Rangoon Lunatic Asylum 1878-1892 - 1878-1892
Year: 1878
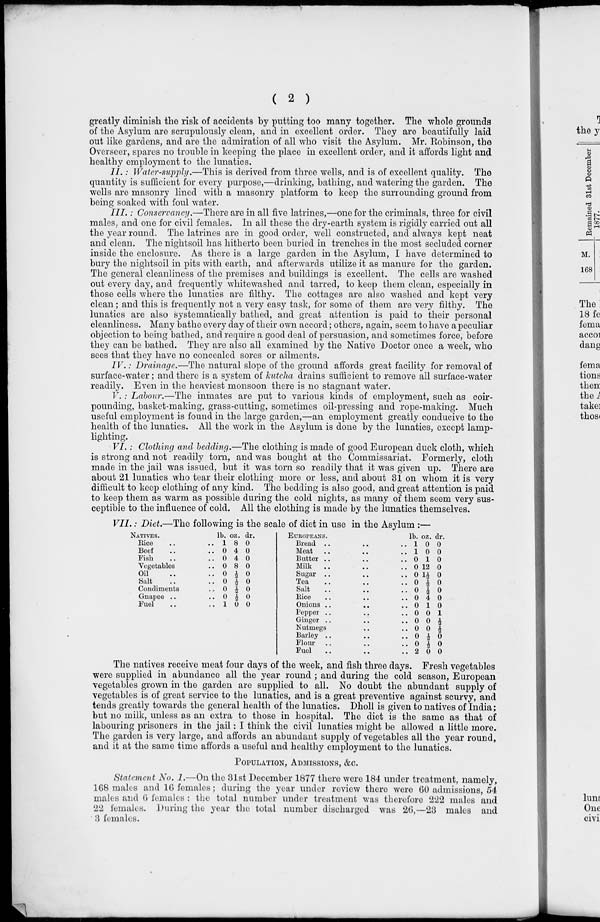
( 2 )
greatly diminish the risk of accidents by putting too many together. The whole grounds
of the Asylum are scrupulously clean, and in excellent order. They are beautifully laid
out like gardens, and are the admiration of all who visit the Asylum. Mr. Robinson, the
Overseer, spares no trouble in keeping the place in excellent order, and it affords light and
healthy employment to the lunatics.
II.: Water-supply.—This is derived from three wells, and is of excellent quality. The
quantity is sufficient for every purpose,—drinking, bathing, and watering the garden. The
wells are masonry lined with a masonry platform to keep the surrounding ground from
being soaked with foul water.
III.: Conservancy.—There are in all five latrines,—one for the criminals, three for civil
males., and one for civil females. In all these the dry-earth system is rigidly carried out all
the year round. The latrines are in good order, well constructed, and always kept neat
and clean. The nightsoil has hitherto been buried in trenches in the most secluded corner
inside the enclosure. As there is a large garden in the Asylum, I have determined to
bury the nightsoil in pits with earth, and afterwards utilize it as manure for the garden.
The general cleanliness of the premises and buildings is excellent. The cells are washed
out every day, and frequently whitewashed and tarred, to keep them clean, especially in
those cells where the lunatics are filthy. The cottages are also washed and kept very
clean ; and this is frequently not a very easy task, for some of them are very filthy. The
lunatics are also systematically bathed, and great attention is paid to their personal
cleanliness. Many bathe every day of their own accord; others, again, seem to have a peculiar
objection to being bathed, and require a good deal of persuasion, and sometimes force, before
they can be bathed. They are also all examined by the Native Doctor once a week, who
sees that they have no concealed sores or ailments.
IV.: Drainage.—The natural slope of the ground affords great facility for removal of
surface-water; and there is a system of kutcha drains sufficient to remove all surface-water
readily. Even in the heaviest monsoon there is no stagnant water.
V. : Labour.—The inmates are put to various kinds of employment, such as coir-
pounding, basket-making, grass-cutting, sometimes oil-pressing and rope-making. Much
useful employment is found in the large garden,—an employment greatly conducive to the
health of the lunatics. All the work in the Asylum is done by the lunatics, except lamp-
lighting.
VI.: Clothing and bedding.—The clothing is made of good European duck cloth, which
is strong and not readily torn, and was bought at the Commissariat. Formerly, cloth
made in the jail was issued, but it was torn so readily that it was given up. There are
about 21 lunatics who tear their clothing more or less, and about 31 on whom it is very
difficult to keep clothing of any kind. The bedding is also good, and great attention is paid
to keep them as warm as possible during the cold nights, as many of them seem very sus-
ceptible to the influence of cold. All the clothing is made by the lunatics themselves.
VII.: Diet.—The following is the scale of diet in use in the Asylum :—
NATIVES.
Rice .. ..
Beef .. ..
Fish .. ..
Vegetables ..
Oil .. ..
Salt .. ..
Condiments ..
Gnapee .. ..
Fuel .. ..
lb.
1
0
0
0
0
0
0
0
1
oz.
8
4
4
8
½
½
½
½
0
dr.
0
0
0
0
0
0
0
0
0
EUROPEANS.
Bread .. .. ..
Meat .. .. .. ..
Butter . . .. .. ..
Milk
..
..
..
Sugar ..
..
..
Tea..
..
..
Salt
..
..
..
Rice
..
..
..
Onions ..
..
..
Pepper .. .. ..
Ginger ..
..
..
Nutmegs
..
..
Barley ..
..
..
Flour
..
..
..
Fuel
..
..
..
lb.
1
1
0
0
0
0
0
0
0
0
0
0
0
0
2
oz.
0
0
1
12
1½
½
½
4
1
0
0
0
½
½
0
dr.
0
0
0
0
0
0
0
0
0
1
½
½
0
0
0
The natives receive meat four days of the week, and fish three days. Fresh vegetables
were supplied in abundance all the year round ; and during the cold season, European
vegetables grown in the garden are supplied to all. No doubt the abundant supply of
vegetables is of great service to the lunatics, and is a great preventive against scurvy, and
tends greatly towards the general health of the lunatics. Dholl is given to natives of India;
but no milk, unless as an extra to those in hospital. The diet is the same as that of
labouring prisoners in the jail: I think the civil lunatics might be allowed a little more.
The garden is very large, and affords an abundant supply of vegetables all the year round,
and it at the same time affords a useful and healthy employment to the lunatics.
POPULATION, ADMISSIONS, &C.
Statement No. 1.—On the 31st December 1877 there were 184 under treatment, namely,
168 males and 16 females; during the year under review there were 60 admissions, 54
males and 6 females : the total number under treatment was therefore 222 males and
22 females. During the year the total number discharged was 26,-23 males and
3 females.